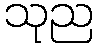
သုည